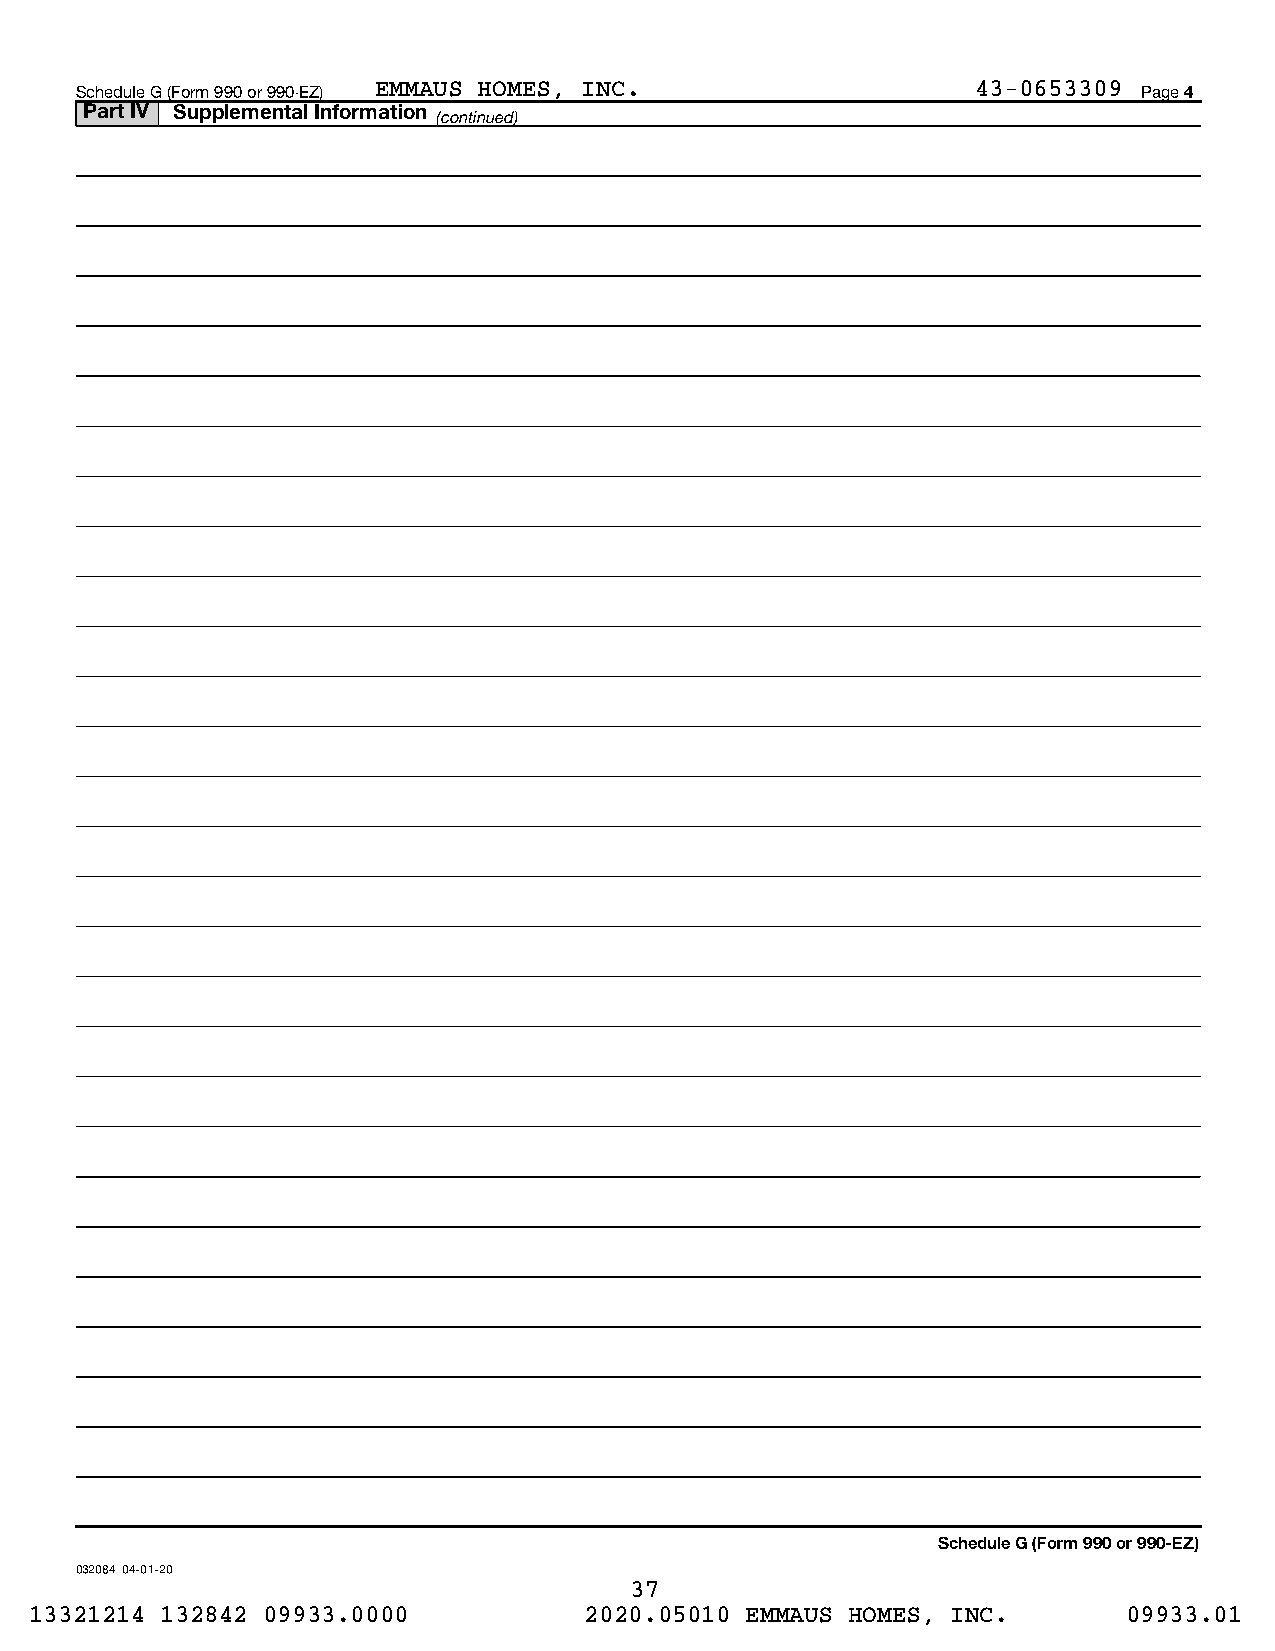
Schedule G (Form 990 or 990-EZ) EMMAUS HOMES, INC.          43-0653309 Page 4
 Part IV Supplemental Information
 (continued)
 Schedule G (Form 990 or 990-EZ)
 032084 04-01-20
 37
 13321214 132842 09933.0000           2020.05010 EMMAUS HOMES, INC.       09933.01